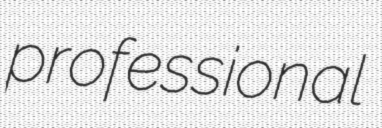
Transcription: professional